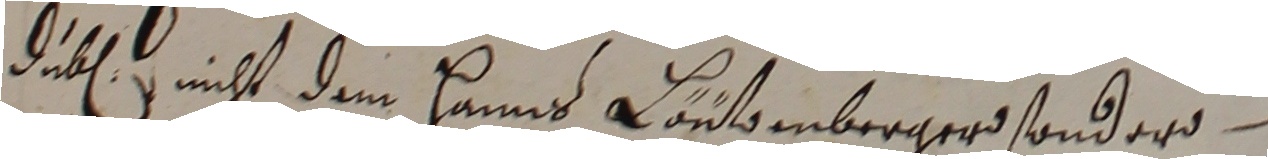
deben nicht dem Hanns Lontomnberger sonder